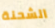
الشحنة